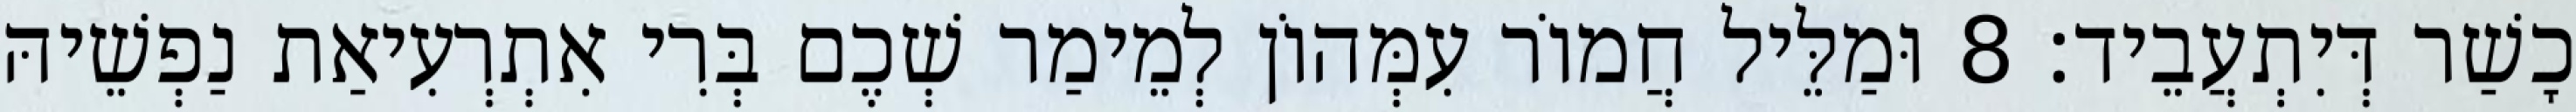
כָשַׁר דְּיִתְעֲבֵיד׃ 8 וּמַלֵּיל חֲמוֹר עִמְּהוֹן לְמֵימַר שְׁכֶם בְּרִי אִתְרְעִיאַת נַפְשֵׁיהּ